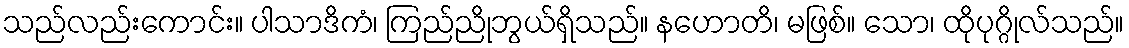
သည်လည်းကောင်း။ ပါသာဒိကံ၊ ကြည်ညိုဘွယ်ရှိသည်။ နဟောတိ၊ မဖြစ်။ သော၊ ထိုပုဂ္ဂိုလ်သည်။